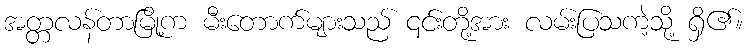
အတ္တလန်တာမြို့က မီးတောက်များသည် ၎င်းတို့အား လမ်းပြသကဲ့သို့ ရှိ၏။